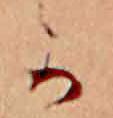
か